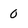
Character: 0